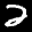
Label: 2